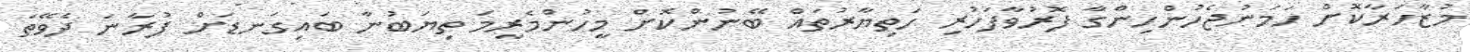
މުޒާހަރާކޮށް ހަމަނުޖެހުންހިންގާ ފޮރުވާފަހުރި ހަތިޔާރުތައް ބޭނުންކޮށް މީހުންމެރީމަ ތިޔަބުނާ ބައިގަނޑަށް ފުރާނަ ދެވޭތަ